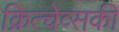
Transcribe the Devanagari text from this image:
क्रित्चेव्सकी